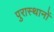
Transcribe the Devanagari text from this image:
पुरास्थानों